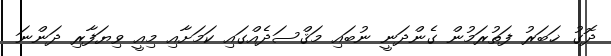
ދޮގު ޚަބަރު ފަތުރަމުން ގެންދަނީ ނުބައި މަޤްސަދެއްގައި ކަމަށާއި މިއީ ވިޔަފާރި ދަންނަ